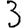
Digit: 3